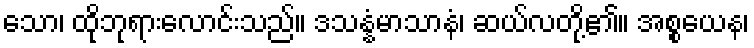
သော၊ ထိုဘုရားလောင်းသည်။ ဒသန္နံမာသာနံ၊ ဆယ်လတို့၏။ အစ္စယေန၊